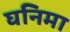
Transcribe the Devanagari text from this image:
घनिमा